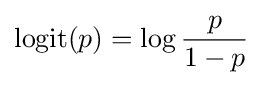
\mathrm {logit} (p)=\log {\frac {p}{1-p}}